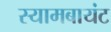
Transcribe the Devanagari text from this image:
स्‍यामबायंट